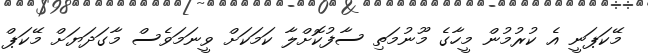
މޭކަޕަނީ އެ ކުރުމުން މީހާގެ މޫނުމަތި ސާފުކޮށްލާ ކަމަކަށް ވީނަމަވެސް މާގަދަޔަށް މޭކަޕް